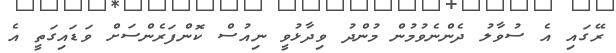
ރޭގައި އެ ސުވާލު ދެންނެވުމުން މުންދު ވިދާޅުވީ ނިއުސް ކޮންފަރެންސަށް ވަޑައިގަތީ އެ